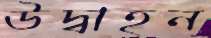
উদ্বাহন